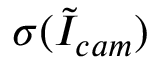
\sigma ( \tilde { I } _ { c a m } )